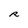
Character: R